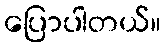
ပြောပါတယ်။